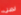
ايميلى